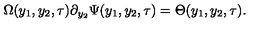
\Omega ( y _ { 1 } , y _ { 2 } , \tau ) \partial _ { y _ { 2 } } \Psi ( y _ { 1 } , y _ { 2 } , \tau ) = \Theta ( y _ { 1 } , y _ { 2 } , \tau ) .